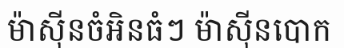
ម៉ាស៊ីនចំអិនធំៗ ម៉ាស៊ីនបោក